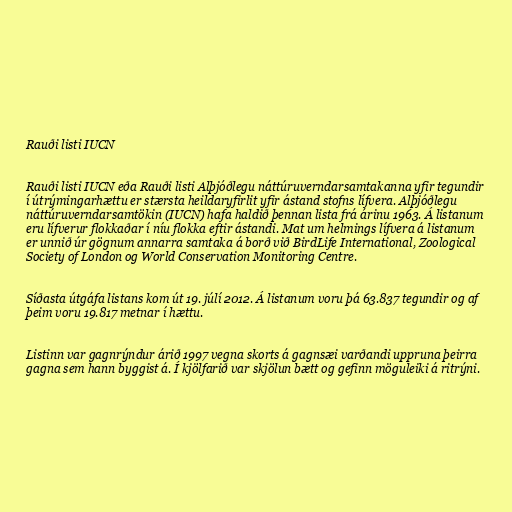
Rauði listi IUCN

Rauði listi IUCN eða Rauði listi Alþjóðlegu náttúruverndarsamtakanna yfir tegundir
í útrýmingarhættu er stærsta heildaryfirlit yfir ástand stofns lífvera. Alþjóðlegu
náttúruverndarsamtökin (IUCN) hafa haldið þennan lista frá árinu 1963. Á listanum
eru lífverur flokkaðar í níu flokka eftir ástandi. Mat um helmings lífvera á listanum
er unnið úr gögnum annarra samtaka á borð við BirdLife International, Zoological
Society of London og World Conservation Monitoring Centre.

Síðasta útgáfa listans kom út 19. júlí 2012. Á listanum voru þá 63.837 tegundir og af
þeim voru 19.817 metnar í hættu.

Listinn var gagnrýndur árið 1997 vegna skorts á gagnsæi varðandi uppruna þeirra
gagna sem hann byggist á. Í kjölfarið var skjölun bætt og gefinn möguleiki á ritrýni.